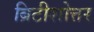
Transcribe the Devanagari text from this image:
ब्रिटीशोत्तर